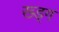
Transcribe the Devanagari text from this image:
ख्ड्ग